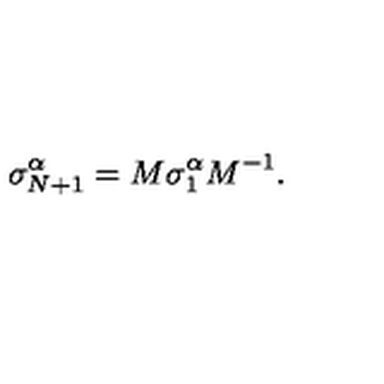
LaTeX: \sigma _ { N + 1 } ^ { \alpha } = M \sigma _ { 1 } ^ { \alpha } M ^ { - 1 } .